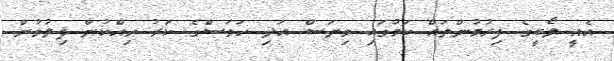
އެއީ ލޯބީގެ ފިރުމުންތައް ކަމުގައި ވިޔަސް އަދި ހަވަސްގެ ކަރު ހިއްކުން ފިލުވުން